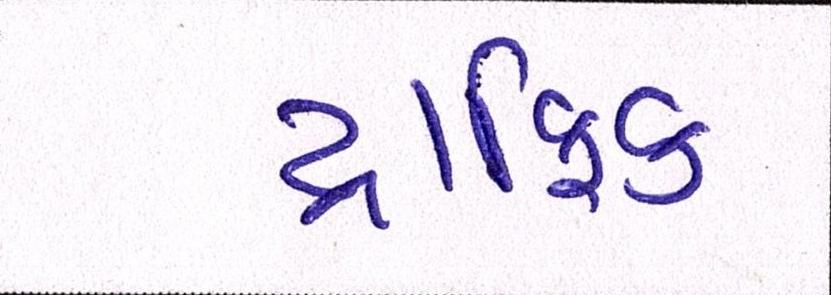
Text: ટ્રાફિક